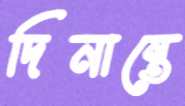
দিনান্তে